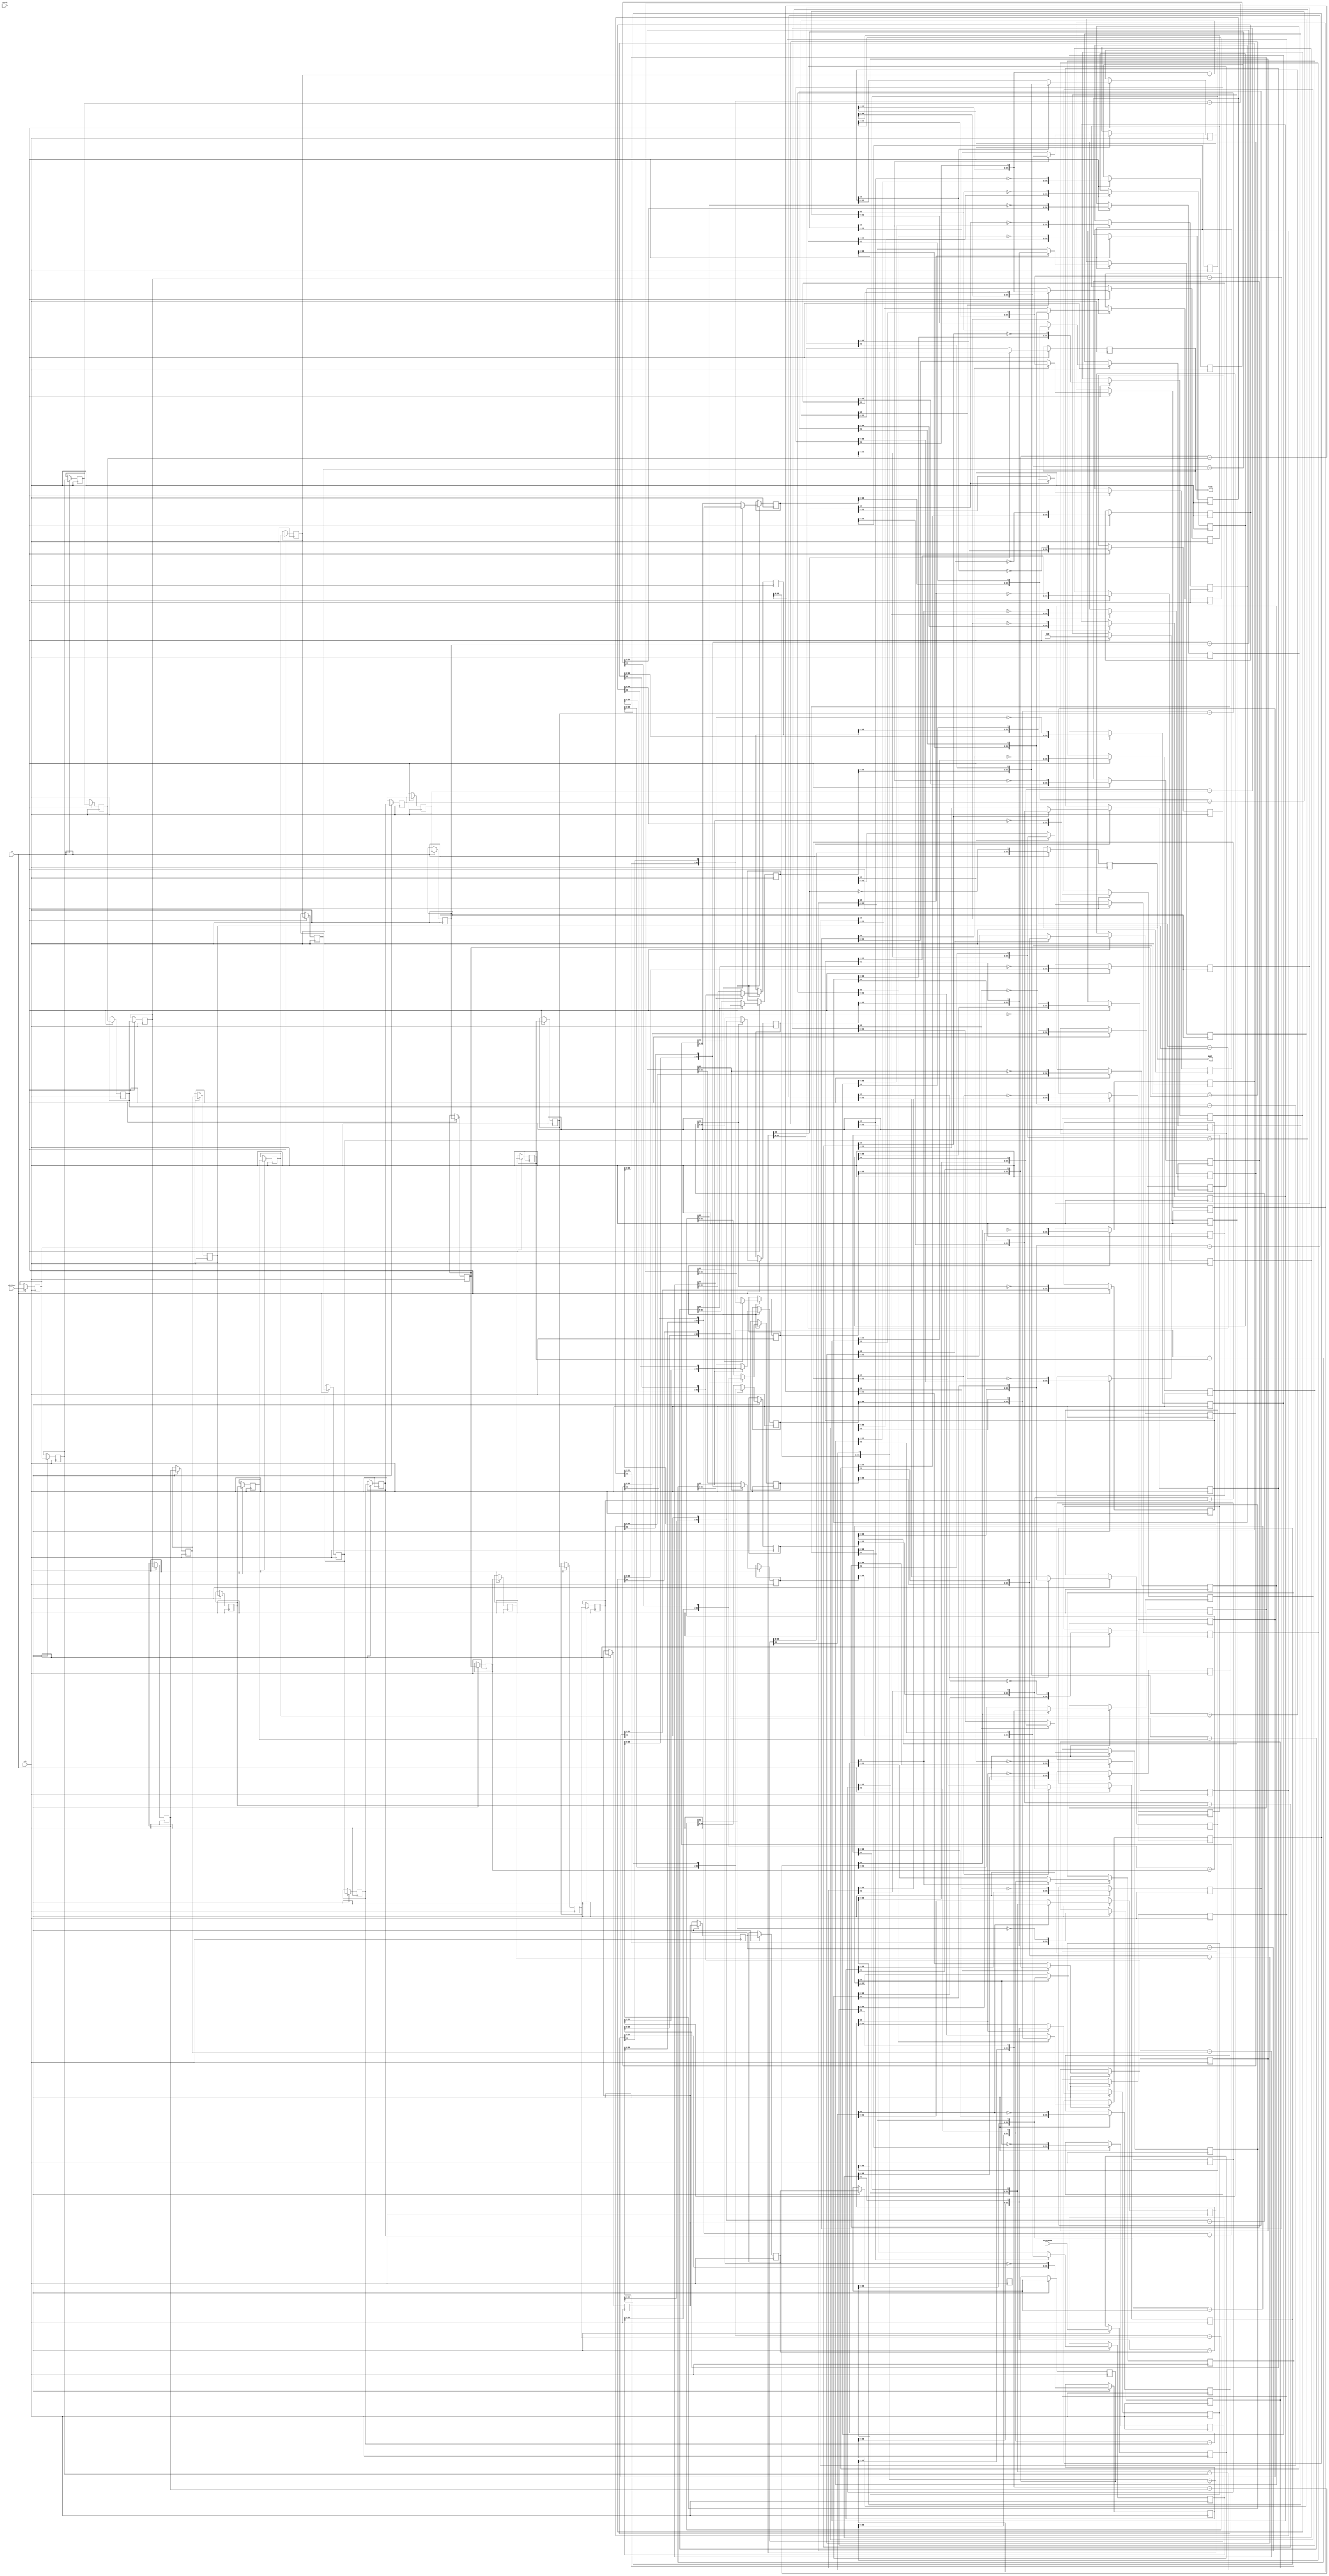
// ==============================================================
// File generated by Vivado(TM) HLS - High-Level Synthesis from C, C++ and SystemC
// Version: 2018.2
// Copyright (C) 1986-2018 Xilinx, Inc. All Rights Reserved.
// 
// ==============================================================

`timescale 1 ns / 1 ps

module myproject_urem_5ns_3ns_4_9_1_div_u
#(parameter
    in0_WIDTH = 32,
    in1_WIDTH = 32,
    out_WIDTH = 32
)
(
    input                       clk,
    input                       reset,
    input                       ce,
    input       [in0_WIDTH-1:0] dividend,
    input       [in1_WIDTH-1:0] divisor,
    output wire [out_WIDTH-1:0] quot,
    output wire [out_WIDTH-1:0] remd
);

localparam cal_WIDTH = (in0_WIDTH > in1_WIDTH)? in0_WIDTH : in1_WIDTH;

//------------------------Local signal-------------------
reg  [in0_WIDTH-1:0] dividend_tmp[0:in0_WIDTH];
reg  [in1_WIDTH-1:0] divisor_tmp[0:in0_WIDTH];
reg  [in0_WIDTH-1:0] remd_tmp[0:in0_WIDTH];
wire [in0_WIDTH-1:0] comb_tmp[0:in0_WIDTH-1];
wire [cal_WIDTH:0]   cal_tmp[0:in0_WIDTH-1];
//------------------------Body---------------------------
assign  quot    = dividend_tmp[in0_WIDTH];
assign  remd    = remd_tmp[in0_WIDTH];

// dividend_tmp[0], divisor_tmp[0], remd_tmp[0]
always @(posedge clk)
begin
    if (ce) begin
        dividend_tmp[0] <= dividend;
        divisor_tmp[0]  <= divisor;
        remd_tmp[0]     <= 1'b0;
    end
end

genvar i;
generate 
    for (i = 0; i < in0_WIDTH; i = i + 1)
    begin : loop
        if (in0_WIDTH == 1) assign  comb_tmp[i]     = dividend_tmp[i][0];
        else                assign  comb_tmp[i]     = {remd_tmp[i][in0_WIDTH-2:0], dividend_tmp[i][in0_WIDTH-1]};
        assign  cal_tmp[i]      = {1'b0, comb_tmp[i]} - {1'b0, divisor_tmp[i]};

        always @(posedge clk)
        begin
            if (ce) begin
                if (in0_WIDTH == 1) dividend_tmp[i+1] <= ~cal_tmp[i][cal_WIDTH];
                else                dividend_tmp[i+1] <= {dividend_tmp[i][in0_WIDTH-2:0], ~cal_tmp[i][cal_WIDTH]};
                divisor_tmp[i+1]  <= divisor_tmp[i];
                remd_tmp[i+1]     <= cal_tmp[i][cal_WIDTH]? comb_tmp[i] : cal_tmp[i][in0_WIDTH-1:0];
            end
        end
    end
endgenerate

endmodule

module myproject_urem_5ns_3ns_4_9_1_div
#(parameter
        in0_WIDTH   = 32,
        in1_WIDTH   = 32,
        out_WIDTH   = 32
)
(
        input                           clk,
        input                           reset,
        input                           ce,
        input           [in0_WIDTH-1:0] dividend,
        input           [in1_WIDTH-1:0] divisor,
        output  reg     [out_WIDTH-1:0] quot,
        output  reg     [out_WIDTH-1:0] remd
);
//------------------------Local signal-------------------
reg     [in0_WIDTH-1:0] dividend0;
reg     [in1_WIDTH-1:0] divisor0;
wire    [in0_WIDTH-1:0] dividend_u;
wire    [in1_WIDTH-1:0] divisor_u;
wire    [out_WIDTH-1:0] quot_u;
wire    [out_WIDTH-1:0] remd_u;
//------------------------Instantiation------------------
myproject_urem_5ns_3ns_4_9_1_div_u #(
    .in0_WIDTH      ( in0_WIDTH ),
    .in1_WIDTH      ( in1_WIDTH ),
    .out_WIDTH      ( out_WIDTH )
) myproject_urem_5ns_3ns_4_9_1_div_u_0 (
    .clk      ( clk ),
    .reset    ( reset ),
    .ce       ( ce ),
    .dividend ( dividend_u ),
    .divisor  ( divisor_u ),
    .quot     ( quot_u ),
    .remd     ( remd_u )
);
//------------------------Body---------------------------
assign dividend_u = dividend0;
assign divisor_u = divisor0;

always @(posedge clk)
begin
    if (ce) begin
        dividend0 <= dividend;
        divisor0  <= divisor;
    end
end

always @(posedge clk)
begin
    if (ce) begin
        quot <= quot_u;
        remd <= remd_u;
    end
end

endmodule



`timescale 1 ns / 1 ps
module myproject_urem_5ns_3ns_4_9_1(
    clk,
    reset,
    ce,
    din0,
    din1,
    dout);

parameter ID = 32'd1;
parameter NUM_STAGE = 32'd1;
parameter din0_WIDTH = 32'd1;
parameter din1_WIDTH = 32'd1;
parameter dout_WIDTH = 32'd1;
input clk;
input reset;
input ce;
input[din0_WIDTH - 1:0] din0;
input[din1_WIDTH - 1:0] din1;
output[dout_WIDTH - 1:0] dout;

wire[dout_WIDTH - 1:0] sig_quot;


myproject_urem_5ns_3ns_4_9_1_div #(
.in0_WIDTH( din0_WIDTH ),
.in1_WIDTH( din1_WIDTH ),
.out_WIDTH( dout_WIDTH ))
myproject_urem_5ns_3ns_4_9_1_div_U(
    .dividend( din0 ),
    .divisor( din1 ),
    .remd( dout ),
    .quot( sig_quot ),
    .clk( clk ),
    .ce( ce ),
    .reset( reset ));

endmodule